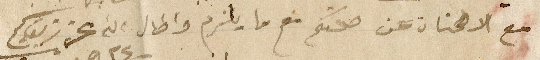
مع الاطمنان عن صحتكم مع ما يلزم واطال عزز بقاكم